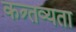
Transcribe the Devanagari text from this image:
कत्र्तव्यता